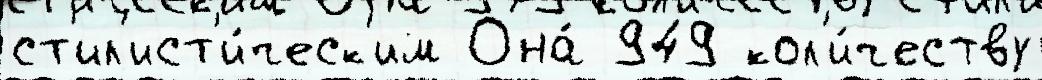
ст'ил'ист'и́ческ'им Она́ 949 кол'и́честву